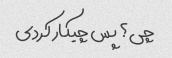
چی؟ پس چیکار کردی